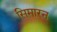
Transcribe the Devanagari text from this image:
सिमारन